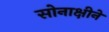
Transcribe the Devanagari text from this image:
सोनाक्षीने